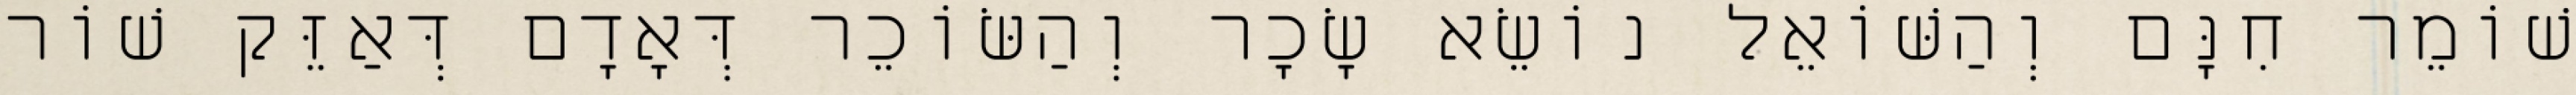
שׁוֹמֵר חִנָּם וְהַשּׁוֹאֵל נוֹשֵׂא שָׂכָר וְהַשּׂוֹכֵר דְּאָדָם דְּאַזֵּק שׁוֹר